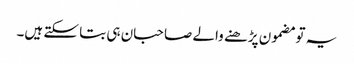
یہ تو مضمون پڑھنے والے صاحبان ہی بتا سکتے ہیں۔